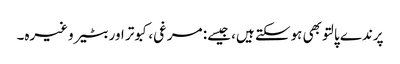
پرندے پالتو بھی ہوسکتے ہیں، جیسے: مرغی، کبوتر اور بٹیر وغیرہ۔